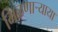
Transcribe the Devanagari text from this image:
मिळणार्‍याया